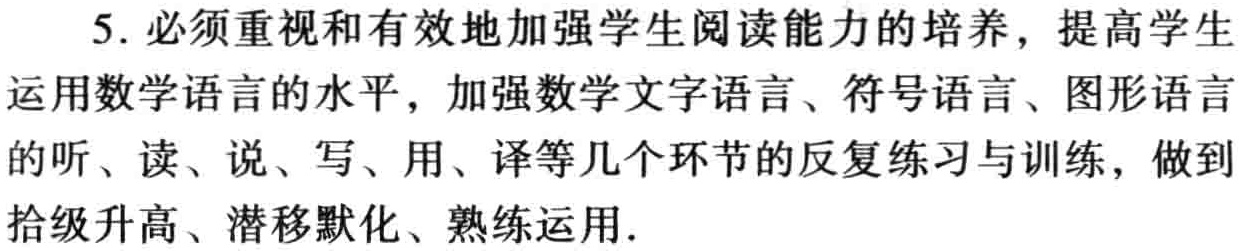
5. 必须重视和有效地加强学生阅读能力的培养，提高学生运用数学语言的水平，加强数学文字语言、符号语言、图形语言的听、读、说、写、用、译等几个环节的反复练习与训练，做到拾级升高、潜移默化、熟练运用.